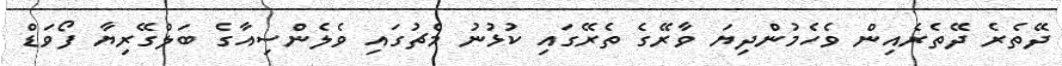
ދޭތެރެ ދޭތެރެއިން ވެހެމުންދިޔަ ވާރޭގެ ތެރޭގައި ކުޅުނު މެޗުގައި ވެލެންސިއާގެ ބަލްގޭރިޔާ ފޯވަޑް